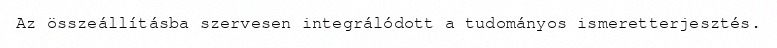
Az összeállításba szervesen integrálódott a tudományos ismeretterjesztés.